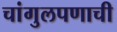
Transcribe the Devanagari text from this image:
चांगुलपणाची